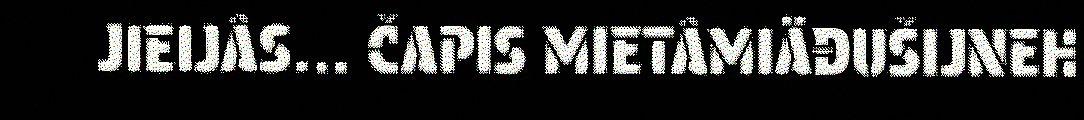
JIEIJÂS... ČAPIS MIETÂMIÄĐUŠIJNEH